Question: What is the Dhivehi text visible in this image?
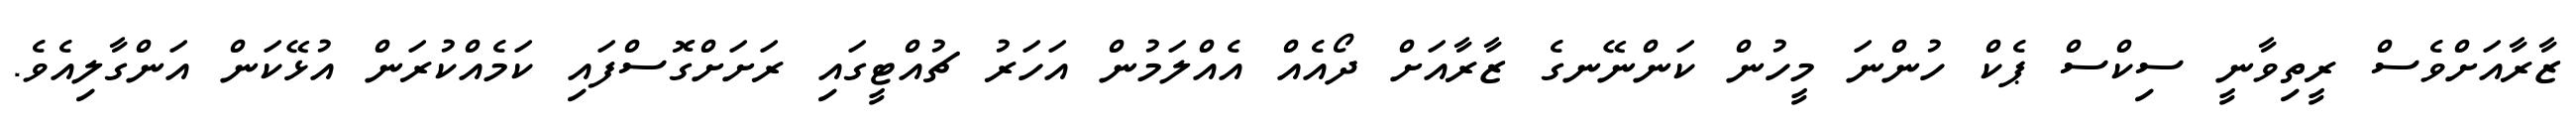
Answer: ޒާރާއަށްވެސް ރީތިވާނީ ސިކްސް ޕެކް ހުންނަ މީހުން ކަންނޭނގެ ޒާރާއަށް ދޯއެއް އެއްލަމުން އަހަރު ޗުއްޓީގައި ރަށަށްގޮސްފައި ކަމެއްކުރަން އުޅޭކަން އަންގާލިއެވެ.